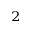
^ 2